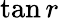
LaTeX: \tan r